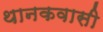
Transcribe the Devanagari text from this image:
थानकवासी